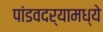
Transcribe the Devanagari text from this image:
पांडवदर्‍यामध्ये